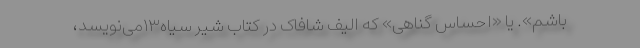
باشم». یا «احساس گناهی» که الیف شافاک در کتاب شیر سیاه۱۳می‌نویسد،